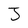
Character: J